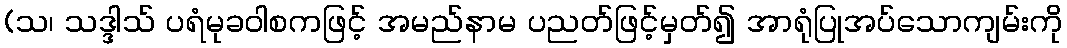
(သ၊ သဒ္ဒါသ် ပရံမုခဝါစကဖြင့် အမည်နာမ ပညတ်ဖြင့်မှတ်၍ အာရုံပြုအပ်သောကျမ်းကို